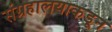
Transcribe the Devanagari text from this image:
संग्रहालयाकडून